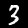
Digit: 3